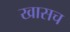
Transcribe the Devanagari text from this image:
खासच